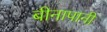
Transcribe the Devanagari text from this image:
बीनापानी